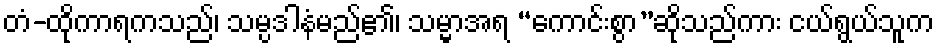
တံ-ထိုကာရကသည်၊ သမ္ပဒါနံမည်၏၊ သမ္မာအရ “ကောင်းစွာ”ဆိုသည်ကား ငယ်ရွယ်သူက